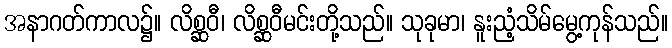
အနာဂတ်ကာလ၌။ လိစ္ဆဝီ၊ လိစ္ဆဝီမင်းတို့သည်။ သုခုမာ၊ နူးညံ့သိမ်မွေ့ကုန်သည်။